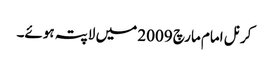
کرنل امام مارچ 2009 میں لاپتہ ہوئے۔